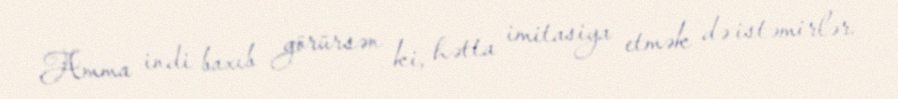
Amma indi baxıb görürsən ki, hətta imitasiya etmək də istəmirlər.